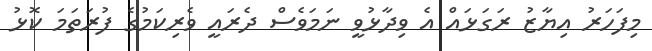
މިފަހަރު އިޔާޒު ރަގަޅައް އެ ވިދާޅުވީ ނަމަވެސް ދެރައީ ވެރިކަމުގެ ފުރަތަމަ ކޮޅު